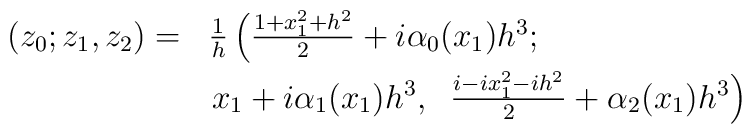
\begin{array}{rl}(z_0;z_1,z_2)=&{1\over h}\left( {1+x_1^2+h^2\over 2}+i\alpha_0(x_1) h^3;\right.\\[5pt]&\left.x_1+i\alpha_1(x_1) h^3,\;\; {i-ix_1^2-ih^2\over 2}+\alpha_2(x_1) h^3\right)\end{array}